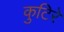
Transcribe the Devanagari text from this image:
कुटिरे